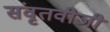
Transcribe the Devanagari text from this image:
संवृतवीजी